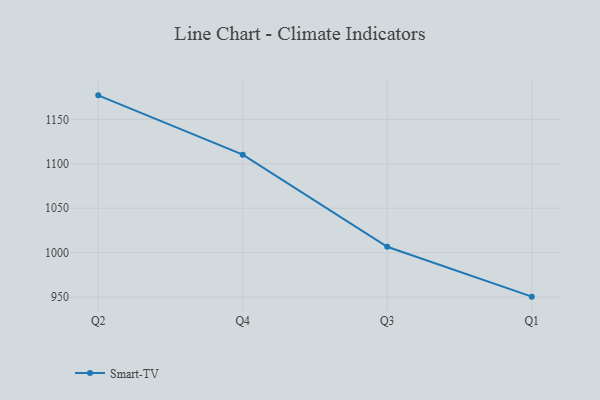
{"axis": {"x": "Quarter", "y": "Market Share (%)"}, "legend": ["Smart-TV"], "data": [{"x": "Q2", "y": 1177.0, "type": "Smart-TV"}, {"x": "Q4", "y": 1110.3, "type": "Smart-TV"}, {"x": "Q3", "y": 1006.6, "type": "Smart-TV"}, {"x": "Q1", "y": 950.5, "type": "Smart-TV"}]}